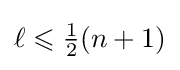
\ell \leqslant {\tfrac {1}{2}}(n+1)